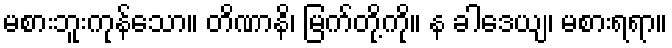
မစားဘူးကုန်သော။ တိဏာနိ၊ မြက်တို့ကို။ န ခါဒေယျ၊ မစားရရာ။